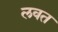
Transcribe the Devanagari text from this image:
लवत